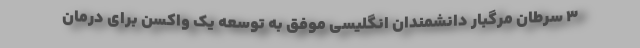
۳ سرطان مرگبار دانشمندان انگلیسی موفق به توسعه یک واکسن برای درمان